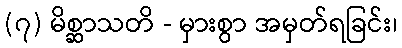
(၇) မိစ္ဆာသတိ - မှားစွာ အမှတ်ရခြင်း၊